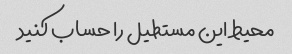
محیط این مستطیل را حساب کنید